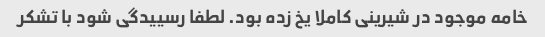
خامه موجود در شیرینی کاملا یخ زده بود. لطفا رسییدگی شود با تشکر